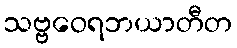
သဗ္ဗဝေရဘယာတီတ